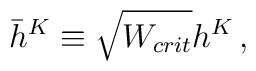
\bar h^K \equiv  \sqrt{W_{crit}} h^K\,,